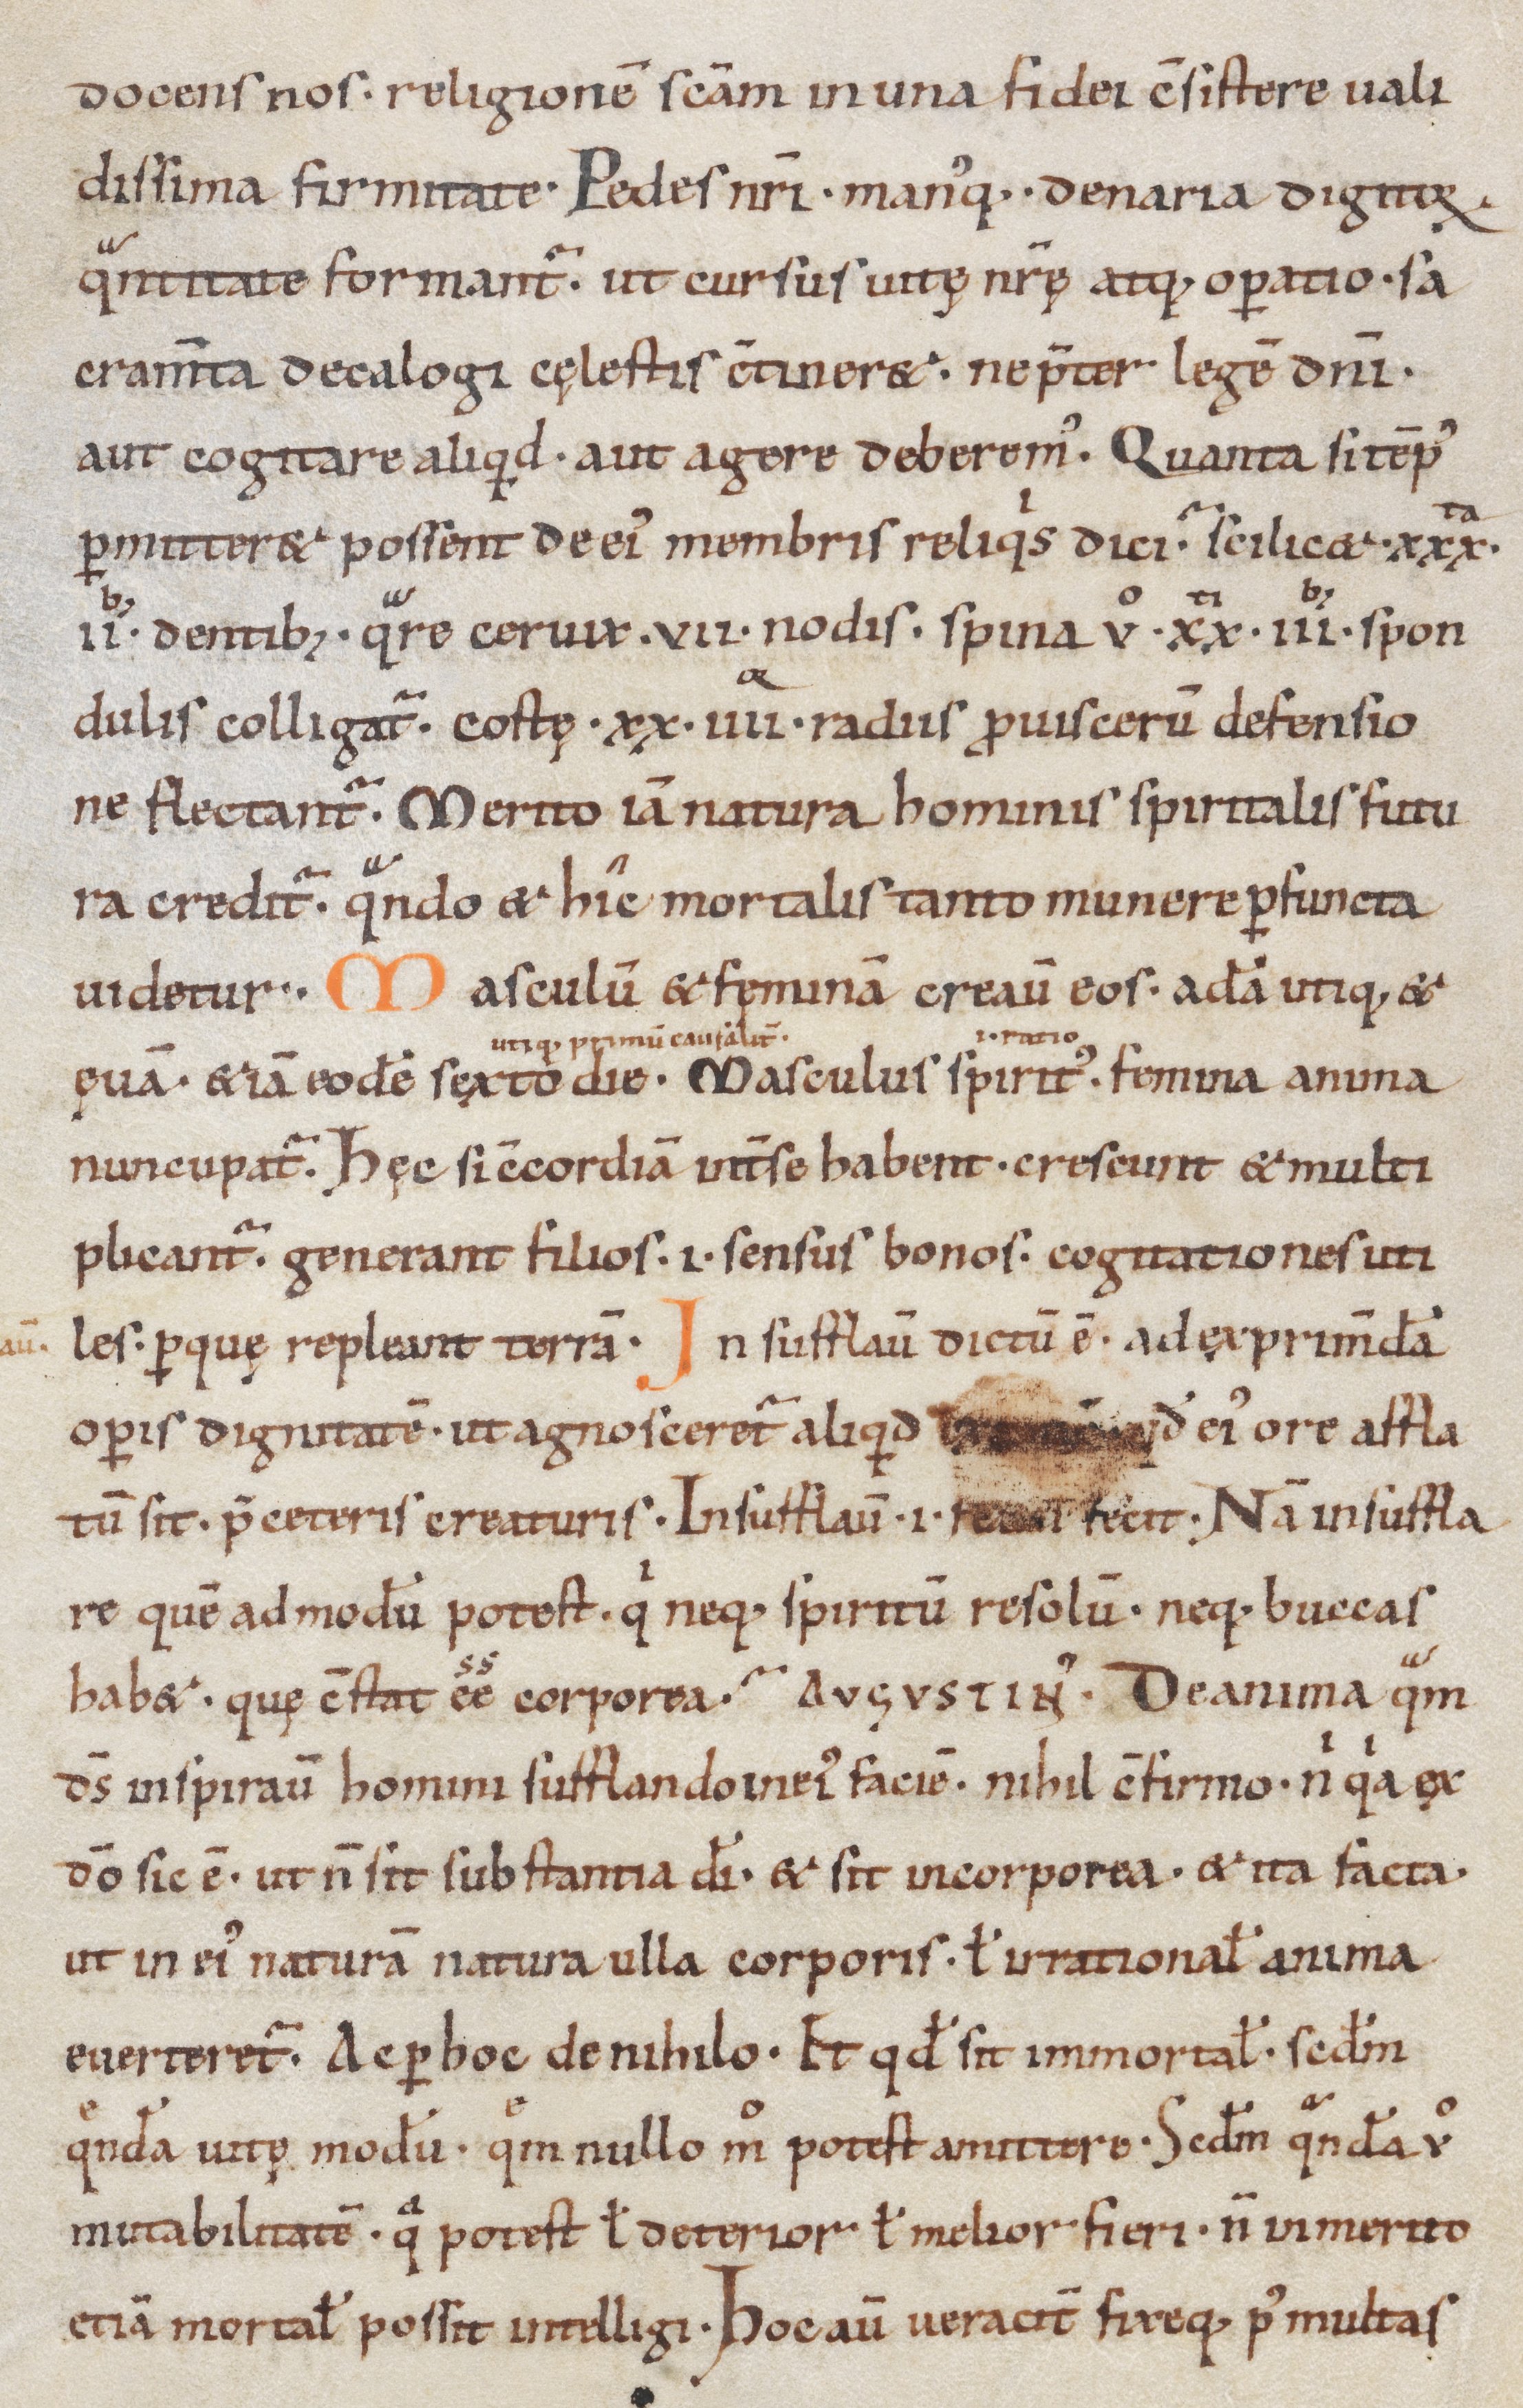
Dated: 1000–1099